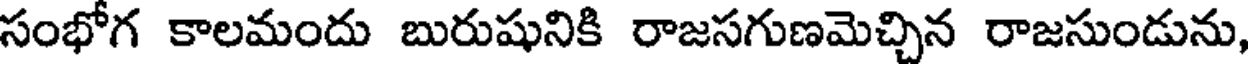
సంభోగ కాలమందు బురుషునికి రాజసగుణమెచ్చిన రాజసుండును,